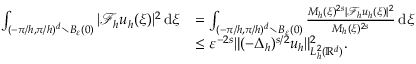
\begin{array} { r l } { \int _ { ( - \pi / h , \pi / h ) ^ { d } \setminus B _ { \varepsilon } ( 0 ) } | \mathcal { F } _ { h } { u } _ { h } ( \xi ) | ^ { 2 } \, \mathrm { d } \xi } & { = \int _ { ( - \pi / h , \pi / h ) ^ { d } \setminus B _ { \varepsilon } ( 0 ) } \frac { M _ { h } ( \xi ) ^ { 2 s } | \mathcal { F } _ { h } { u } _ { h } ( \xi ) | ^ { 2 } } { M _ { h } ( \xi ) ^ { 2 s } } \, \mathrm { d } \xi } \\ & { \leq \varepsilon ^ { - 2 s } \| ( - \Delta _ { h } ) ^ { s / 2 } u _ { h } \| _ { L _ { h } ^ { 2 } ( \mathbb { R } ^ { d } ) } ^ { 2 } . } \end{array}